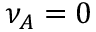
{ \nu _ { A } } = 0